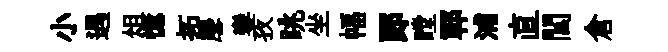
小遇俎憶拓麐鑾孜眺坐幅郞瞠鄆浦直閭倉